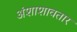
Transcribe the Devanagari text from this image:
अंशाशावतार